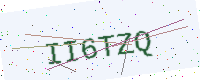
Text: II6TZQ